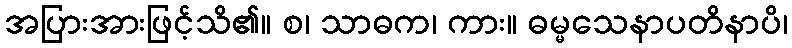
အပြားအားဖြင့်သိ၏။ စ၊ သာဓက၊ ကား။ ဓမ္မသေနာပတိနာပိ၊